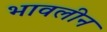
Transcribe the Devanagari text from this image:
भावलीन